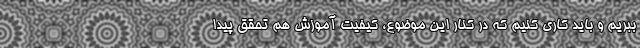
ببریم و باید کاری کنیم که در کنار این موضوع، کیفیت آموزش هم تحقق پیدا